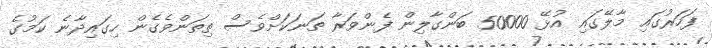
ފަހަރުގައި މާލޭގައި އުޅޭ 50000 ބަންގާލިން ފެންވަރާ ތަނަކަށްވެސް ތިތަންވެގެން ހިގައިދާނެ ކަމުގެ